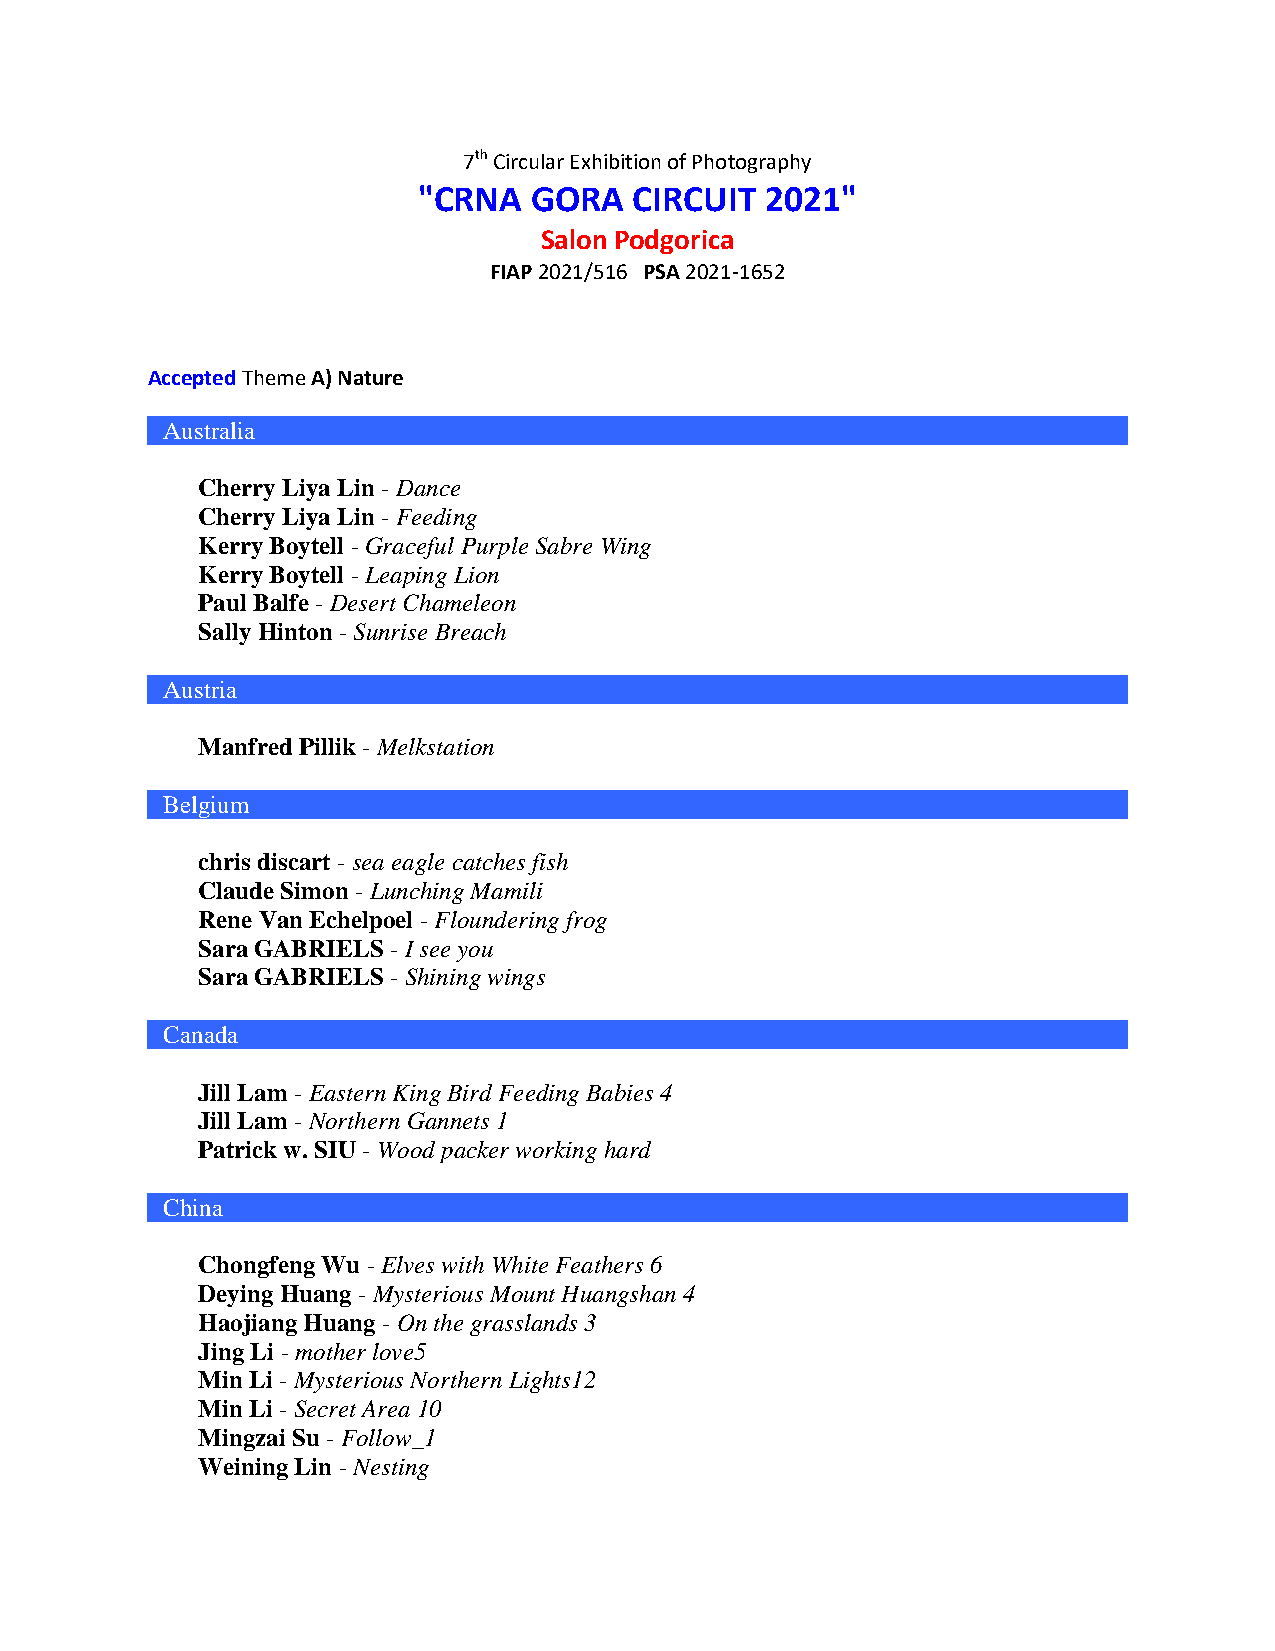
7th Circular Exhibition of Photography
 "CRNA  GORA   CIRCUIT  2021"
 Salon Podgorica
 FIAP 2021/516 PSA 2021-1652
 Accepted Theme A) Nature
 Australia
 Cherry Liya Lin - Dance
 Cherry Liya Lin - Feeding
 Kerry Boytell - Graceful Purple Sabre Wing
 Kerry Boytell - Leaping Lion
 Paul Balfe - Desert Chameleon
 Sally Hinton - Sunrise Breach
 Austria
 Manfred Pillik - Melkstation
 Belgium
 chris discart - sea eagle catches fish
 Claude Simon - Lunching Mamili
 Rene Van Echelpoel - Floundering frog
 Sara GABRIELS - I see you
 Sara GABRIELS - Shining wings
 Canada
 Jill Lam - Eastern King Bird Feeding Babies 4
 Jill Lam - Northern Gannets 1
 Patrick w. SIU - Wood packer working hard
 China
 Chongfeng Wu - Elves with White Feathers 6
 Deying Huang - Mysterious Mount Huangshan 4
 Haojiang Huang - On the grasslands 3
 Jing Li - mother love5
 Min Li - Mysterious Northern Lights12
 Min Li - Secret Area 10
 Mingzai Su - Follow_1
 Weining Lin - Nesting